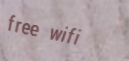
free wifi